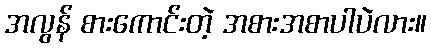
အလွန် စားကောင်းတဲ့ အစားအစာပါပဲလား။